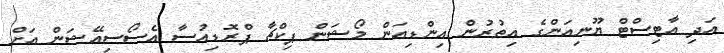
އަދި އާޓިސްޓް ޔޫނިއަންގެ އިތުރުން އިންޑިއަން މޯޝަން ޕިކްޗާ ޕްރޮޑިއުސާ އެސޯސިއޭޝަން އަށް